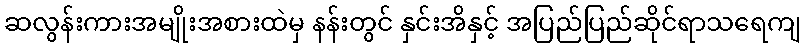
ဆလွန်းကားအမျိုးအစားထဲမှ နန်းတွင် နှင်းအိနှင့် အပြည်ပြည်ဆိုင်ရာသရေကျ